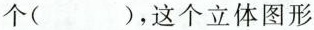
个( )，这个立体图形